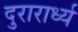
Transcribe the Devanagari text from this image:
दुरारार्ध्य